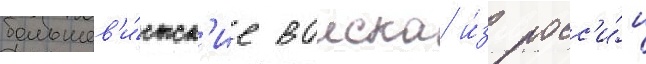
большев'и́стск'ие воиска и́з росс'и́и